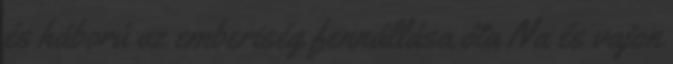
és háború az emberiség fennállása óta Na és vajon